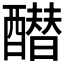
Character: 𰼓